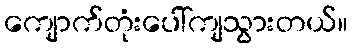
ကျောက်တုံးပေါ်ကျသွားတယ်။